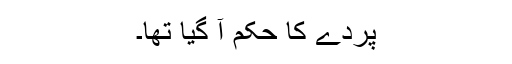
پردے کا حکم آ گیا تھا۔